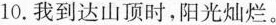
10.我到达山顶时，阳光灿烂。